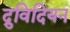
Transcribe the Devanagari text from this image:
द्रुविदियन